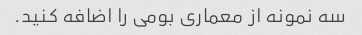
سه نمونه از معماری بومی را اضافه کنید.